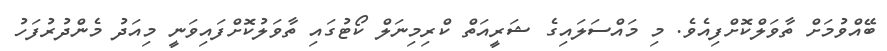
ބޭއްވުމަށް ތާވަލްކޮށްފިއެވެ. މި މައްސަލައިގެ ޝަރީއަތް ކްރިމިނަލް ކޯޓުގައި ތާވަލުކޮށްފައިވަނީ މިއަދު މެންދުރުފަހު